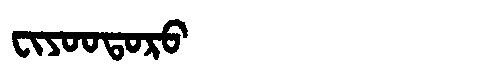
Manchu: ᠸᡳᠶᠣᠣᡨᠣᡵᠣ
Romanization: FIYOOTORO